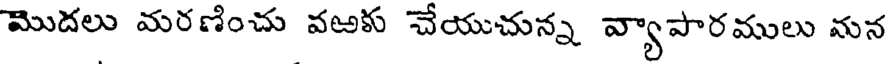
మొదలు మరణించు వఱకు చేయుచున్న వ్యాపారములు మన